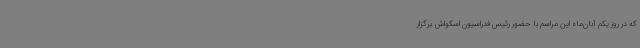
که در روز یکم آبان‌ماه این مراسم با حضور رئیس فدراسیون اسکواش برگزار